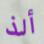
ألذ